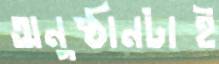
অনুষ্ঠানটাই